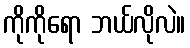
ကိုကိုရော ဘယ်လိုလဲ။